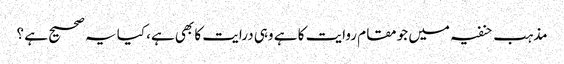
مذہب حنفیہ میں جو مقام روایت کا ہے وہی درایت کا بھی ہے، کیا یہ صحیح ہے ؟